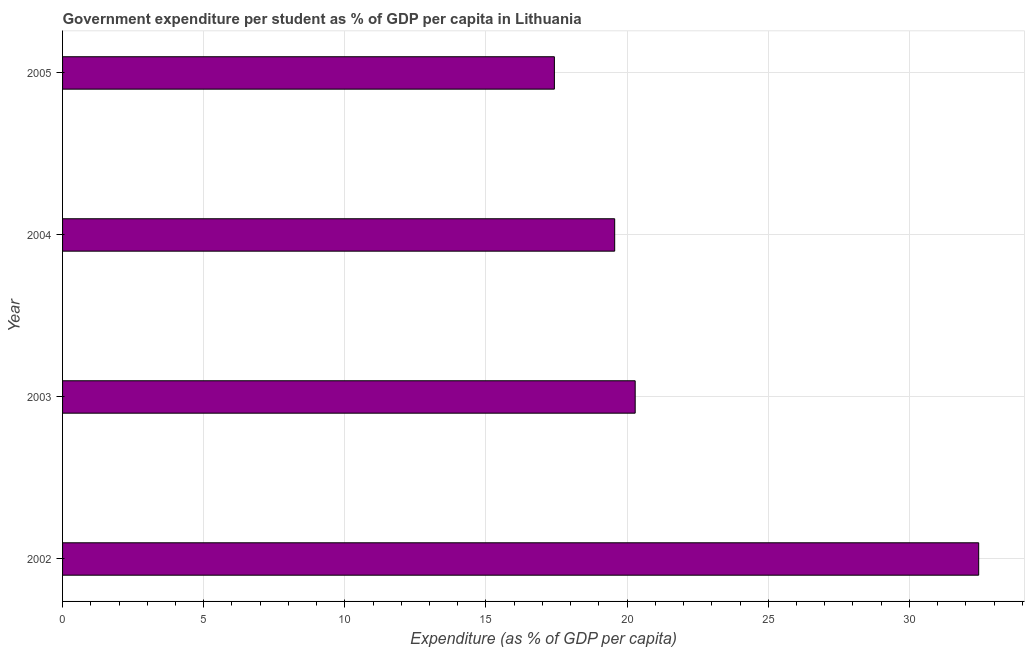
| Year | Government expenditure per tertiary student |
 | --- | --- |
 | 2002 | 32.5 |
 | 2003 | 20.3 |
 | 2004 | 19.6 |
 | 2005 | 17.4 |